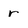
Character: r